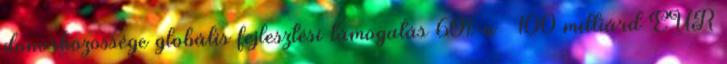
donorközössége globális fejlesztési támogatás 60%-a → 100 milliárd EUR